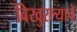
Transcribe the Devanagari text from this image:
विखुरल्याचे